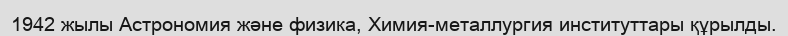
1942 жылы Астрономия және физика, Химия-металлургия институттары құрылды.